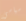
سياسي